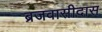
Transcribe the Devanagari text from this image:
ब्रजवासीदास